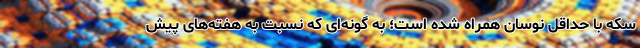
سکه با حداقل نوسان همراه شده است؛ به گونه‌ای که نسبت به هفته‌های پیش‌